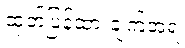
ထုတ်ပြန်ထားချက်အရ